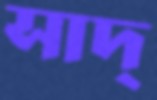
সাদ্